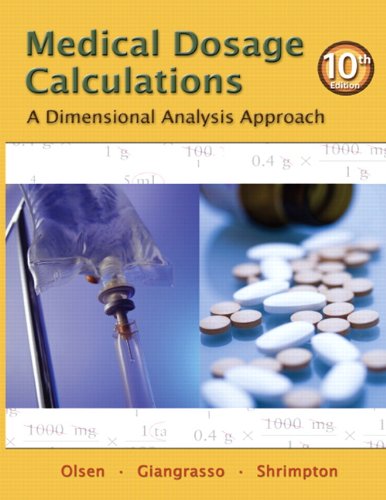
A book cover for Medical Dosage Calculations: A Dimensional Analysis Approach (10th Edition); June L. Olsen Emeritus  RN  MS; Medical Books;